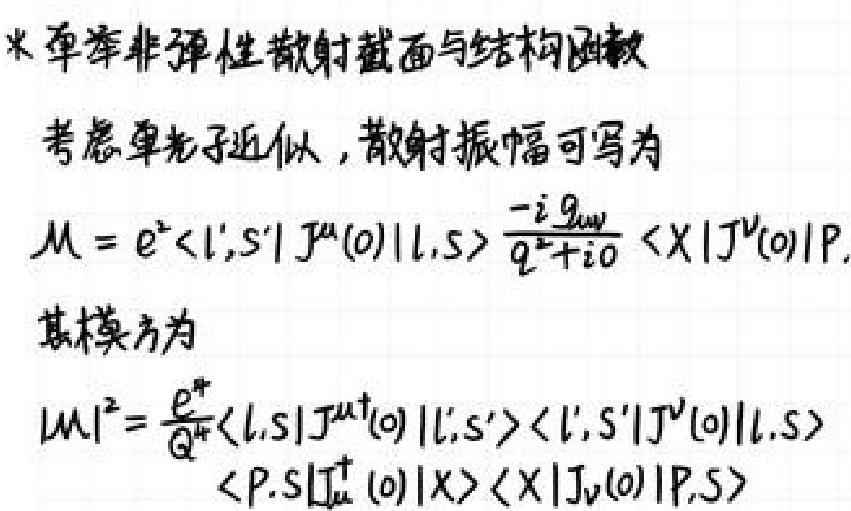
* 单举非弹性散射截面与结构函数
考虑单光子近似，散射振幅可写为
\[ \mathcal{M}=e^{2}\langle l^{\prime},s^{\prime}|J^{\mu}(0)|l,s\rangle\frac{-i g_{\mu\nu}}{q^{2}+i0}\langle X|J^{\nu}(0)|P \]
其模方为
\[ |\mathcal{M}|^{2}=\frac{e^{4}}{Q^{4}}\langle l,s|J^{\mu\dagger}(0)|l^{\prime},s^{\prime}\rangle\langle l^{\prime},s^{\prime}|J^{\nu}(0)|l,s\rangle \]
\[ \langle P,s|J_{\mu}^{\dagger}(0)|X\rangle\langle X|J_{\nu}(0)|P,s\rangle \]